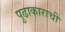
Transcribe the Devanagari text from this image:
पुढाकाराची